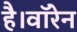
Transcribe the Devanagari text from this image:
है।वॉरेन